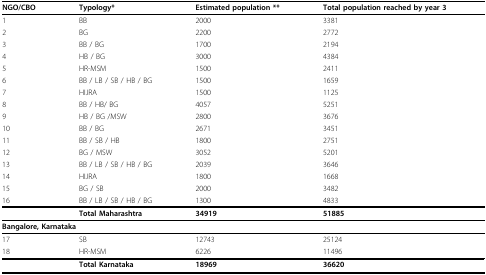
| NGO/CBO | Typology* | Estimated population ** | Total population reached by year 3 |
 | --- | --- | --- | --- |
 | 1 | BB | 2000 | 3381 |
 | 2 | BG | 2200 | 2772 |
 | 3 | BB / BG | 1700 | 2194 |
 | 4 | HB / BG | 3000 | 4384 |
 | 5 | HR-MSM | 1500 | 2411 |
 | 6 | BB / LB / SB / HB / BG | 1500 | 1659 |
 | 7 | HIJRA | 1500 | 1125 |
 | 8 | BB / HB/ BG | 4057 | 5251 |
 | 9 | HB / BG /MSW | 2800 | 3676 |
 | 10 | BB / BG | 2671 | 3451 |
 | 11 | BB / SB / HB | 1800 | 2751 |
 | 12 | BG / MSW | 3052 | 5201 |
 | 13 | BB / LB / SB / HB / BG | 2039 | 3646 |
 | 14 | HIJRA | 1800 | 1668 |
 | 15 | BG / SB | 2000 | 3482 |
 | 16 | BB / LB / SB / HB / BG | 1300 | 4833 |
 |  | Total Maharashtra | 34919 | 51885 |
 | <COLSPAN=4> Bangalore, Karnataka |
 | 17 | SB | 12743 | 25124 |
 | 18 | HR-MSM | 6226 | 11496 |
 |  | Total Karnataka | 18969 | 36620 |